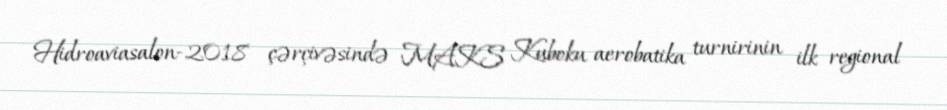
Hidroaviasalon-2018 çərçivəsində MAKS Kuboku aerobatika turnirinin ilk regional